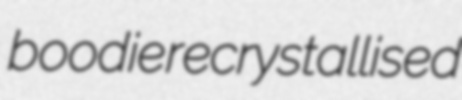
boodie recrystallised